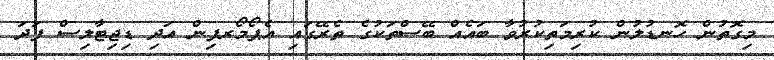
މިގޮތުން ހޮނޑުލުން ކުރިމަތިކުރުވާ ބައެއް ބޭސްތަކުގެ ތެރޭގައި އެޕޯމޯރފިން އަދި ޑިޖިޓާލިސް ފަދަ